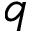
\boldsymbol { q }